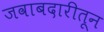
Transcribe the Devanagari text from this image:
जवाबदारीतून